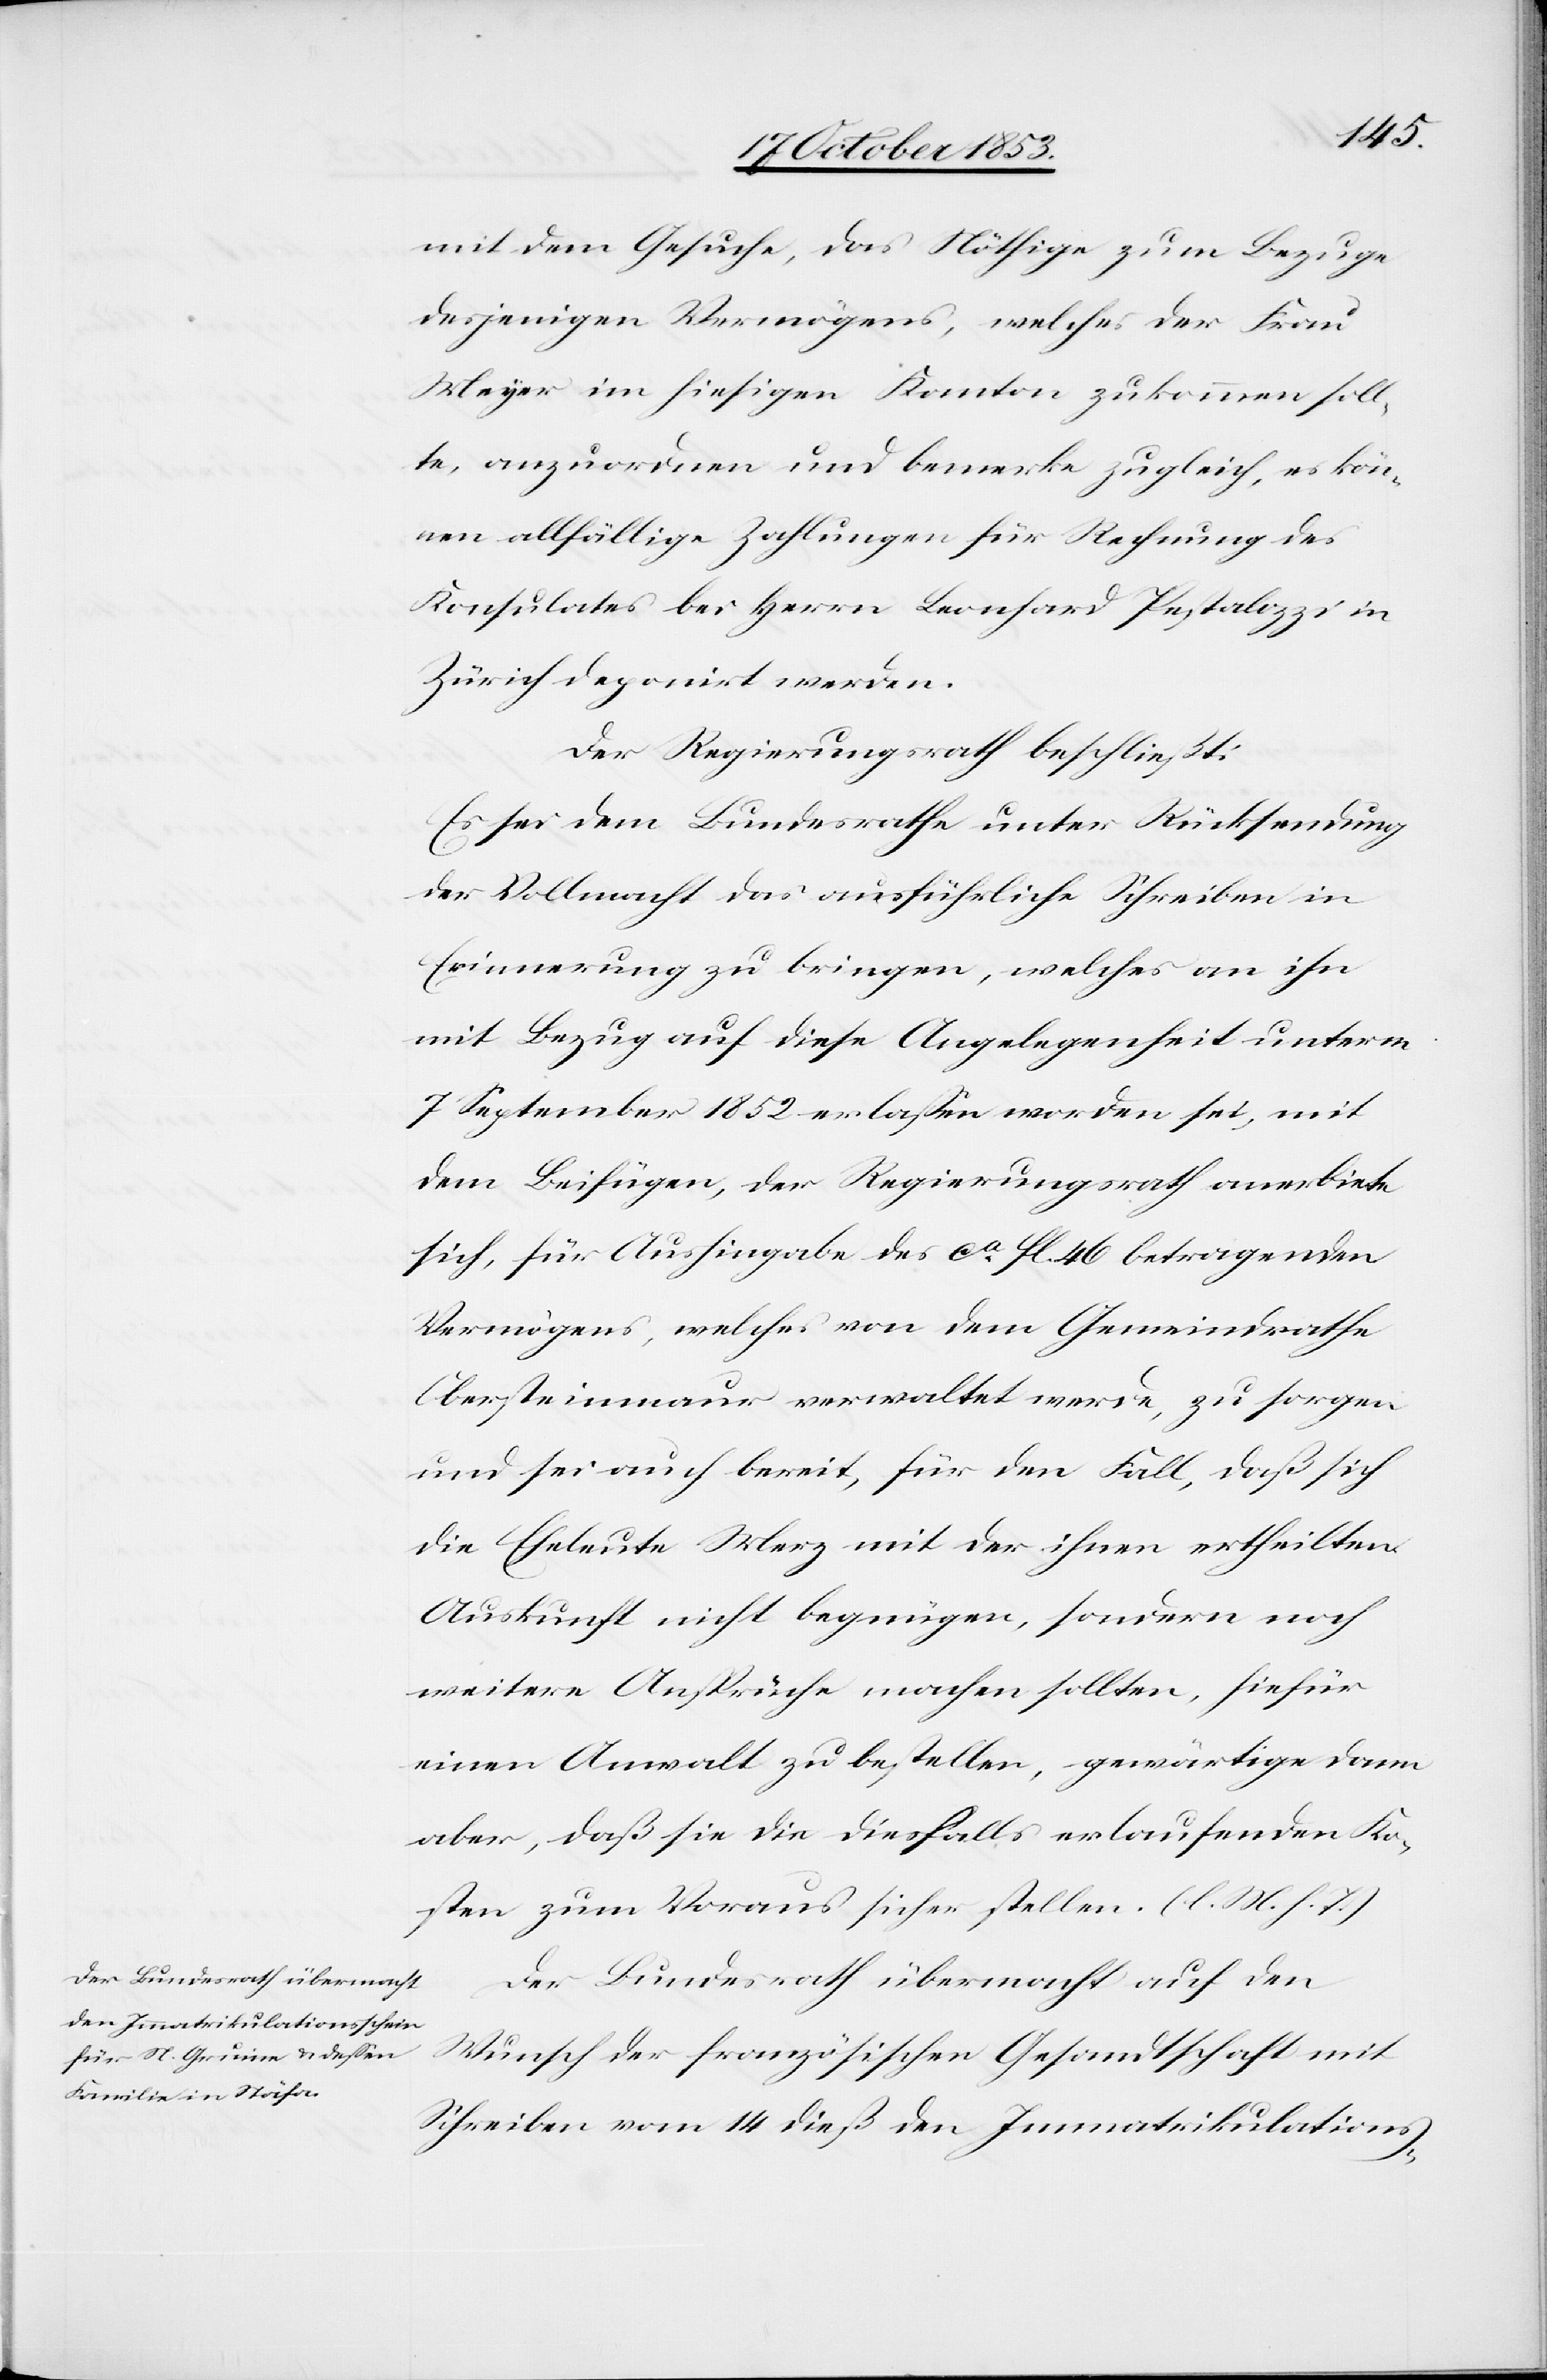
mit dem Gesuche, das Nöthige zum Bezuge
desjenigen Vermögens, welches der Frau
Meyer im hiesigen Kanton zukommen soll¬
te, anzuordnen und bemerke zugleich, es kön¬
nen allfällige Zahlungen für Rechnung des
Konsulates bei Herrn Leonhard Pestalozzi in
Zürich deponirt werden.
Der Regierungsrath beschließt:
Es sei dem Bundesrathe unter Rücksendung
der Vollmacht das ausführliche Schreiben in
Erinnerung zu bringen, welches an ihn
mit Bezug auf diese Angelegenheit unterm
7 September 1852 erlaßen worden sei, mit
dem Beifügen, der Regierungsrath anerbiete
sich, für Aushingabe des ca fl. 46 betragenden
Vermögens, welches von dem Gemeindrathe
Obersteinmaur verwaltet werde, zu sorgen
und sei auch bereit, für den Fall, daß sich
die Eheleute Merz mit der ihnen ertheilten
Auskunft nicht begnügen, sondern noch
weitere Ansprüche machen sollten, hiefür
einen Anwalt zu bestellten, gewärtige dann
aber ,daß sie die diesfalls erlaufenden Ko¬
sten zum Voraus sicher stellen. [l. M. h. T]
Der Bundesrath übermacht auf den
Wunsch der französischen Gesandtschaft mit
Schreiben vom 14 dieß den Immatrikulations-